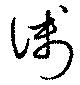
浅